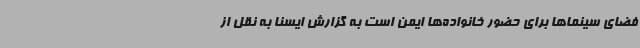
فضای سینماها برای حضور خانواده‌ها ایمن است به گزارش ایسنا به نقل از